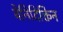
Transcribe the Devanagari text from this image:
बेनिदिक्तिन